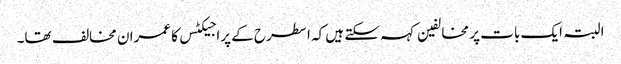
البتہ ایک بات پر مخالفین کہہ سکتے ہیں کہ ا سطرح کے پراجیکٹس کا عمران مخالف تھا۔